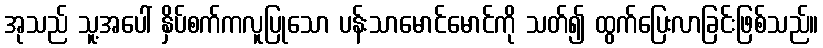
အုသည် သူ့အပေါ် နှိပ်စက်ကလူပြုသော ပန်းသာမောင်မောင်ကို သတ်၍ ထွက်ပြေးလာခြင်းဖြစ်သည်။